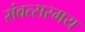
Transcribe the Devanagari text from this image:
संवत्सरमय